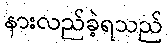
နားလည်ခဲ့ရသည်